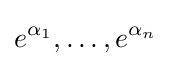
e^{\alpha _{1}},\ldots ,e^{\alpha _{n}}